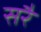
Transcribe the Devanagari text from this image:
सरै